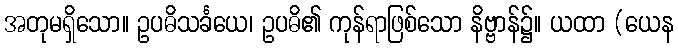
အတုမရှိသော။ ဥပဓိသင်္ခယေ၊ ဥပဓိ၏ ကုန်ရာဖြစ်သော နိဗ္ဗာန်၌။ ယထာ (ယေန